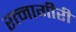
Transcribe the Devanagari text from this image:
रत्नागीरी